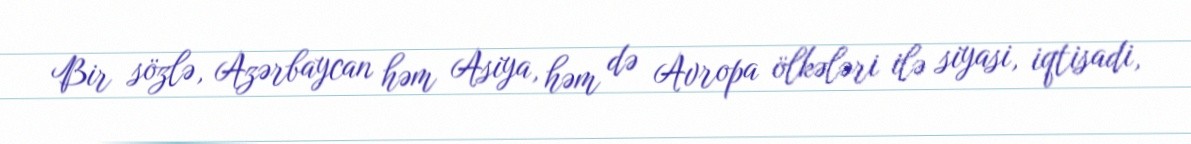
Bir sözlə, Azərbaycan həm Asiya, həm də Avropa ölkələri ilə siyasi, iqtisadi,